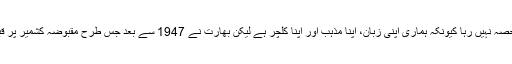
ناگا لینڈ کے باسیوں کا کہنا ہے کہ ناگا لینڈ کبھی بھارت کا حصہ نہیں رہا کیونکہ ہماری اپنی زبان، اپنا مذہب اور اپنا کلچر ہے لیکن بھارت نے 1947 سے بعد جس طرح مقبوضہ کشمیر پر قبضہ کیا بالکل اسی طرح ناگا لینڈ پر بھی قبضہ کر رکھا ہے۔